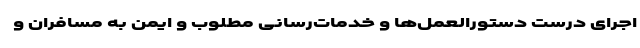
اجرای درست دستورالعمل‌ها و خدمات‌رسانی مطلوب و ایمن به مسافران و